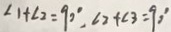
\angle 1 + \angle 2 = 9 0 ^ { \circ } , \angle 2 + \angle 3 = 9 0 ^ { \circ }